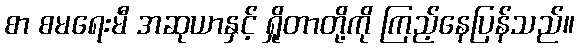
စာ စမရေးမီ အဆုယာနှင့် ရှိုတာတို့ကို ကြည့်နေပြန်သည်။